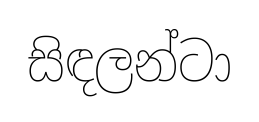
සිඳලන්ටා